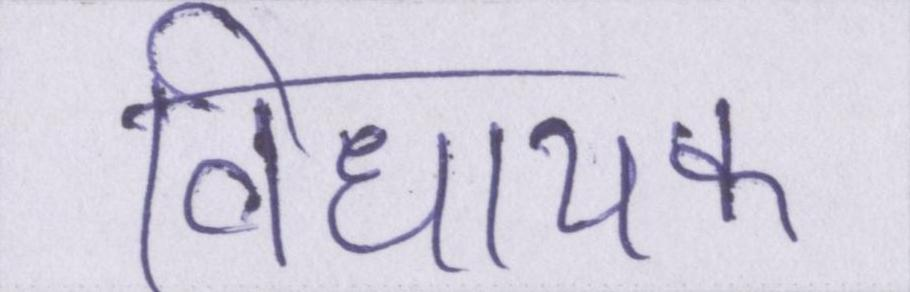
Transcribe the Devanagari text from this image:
विधायक